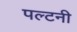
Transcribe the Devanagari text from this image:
पल्टनी